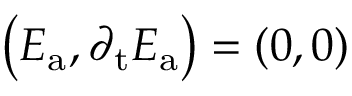
\left( E _ { \mathrm { a } } , \partial _ { \mathrm { t } } E _ { \mathrm { a } } \right) = \left( 0 , 0 \right)